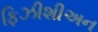
ફિઝીશીઅન